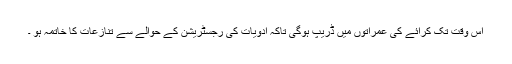
اس وقت تک کرائے کی عمراتوں میں ڈریپ ہوگی تاکہ ادویات کی رجسٹریشن کے حوالے سے تنازعات کا خاتمہ ہو ۔